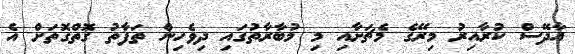
އާދޭސް ކުރާއިރު މިރޭގެ މެޗަށާއި މި މުބާރާތުގައި ދިވެހިން ތަފާތު ގޮތްގޮތަށް އެ